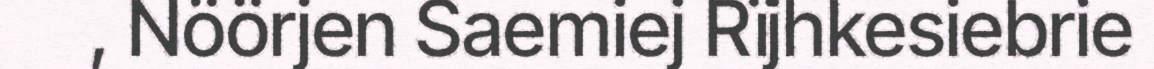
, Nöörjen Saemiej Rïjhkesiebrie